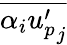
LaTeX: \overline{{\alpha_{i}{u_{p}^{\prime}}_{j}}}